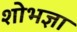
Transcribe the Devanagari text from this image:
शोभज्ञा